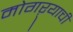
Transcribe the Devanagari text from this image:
मोगऱ्याची